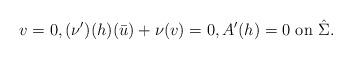
LaTeX: \begin{align*} v=0, (\nu')(h) (\bar u) + \nu (v)=0, A'(h)=0\mbox{ on } \hat \Sigma.\end{align*}